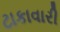
ટાકાવારી